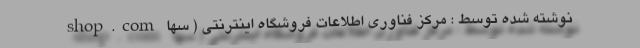
shop.com نوشته شده توسط : مرکز فناوری اطلاعات فروشگاه اینترنتی ( سها